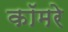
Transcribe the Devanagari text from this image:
कॉमरे